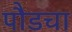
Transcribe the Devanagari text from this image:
पौडचा